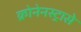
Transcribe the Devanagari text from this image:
क्रोनेनस्ट्रासे